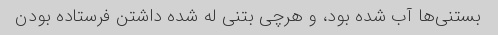
بستنی‌ها آب شده بود، و هرچی بتنی له شده داشتن فرستاده بودن